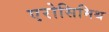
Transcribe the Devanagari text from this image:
एरोसिमिथ